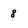
Character: 8